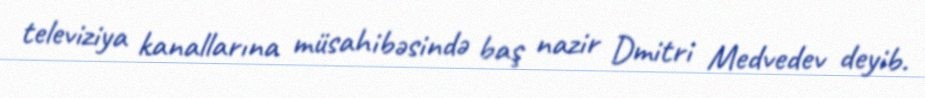
televiziya kanallarına müsahibəsində baş nazir Dmitri Medvedev deyib.